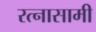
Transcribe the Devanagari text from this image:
रत्नासामी